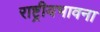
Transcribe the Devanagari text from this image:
राष्ट्रीयभावना